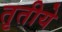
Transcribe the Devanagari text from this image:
तृतीये